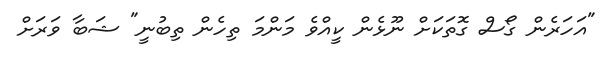
"އަހަރެން ގޯސް ގޮތަކަށް ނޫޅެން ކީއްވެ މަންމަ ތިހެން ތިބުނީ" ޝަބާ ވަރަށް